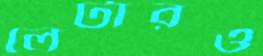
লেটারও